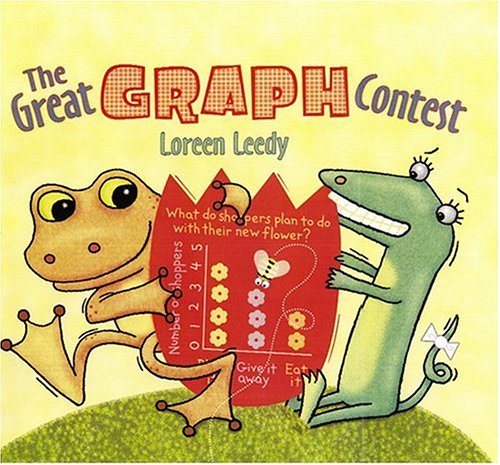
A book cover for The Great Graph Contest; Loreen Leedy; Children's Books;